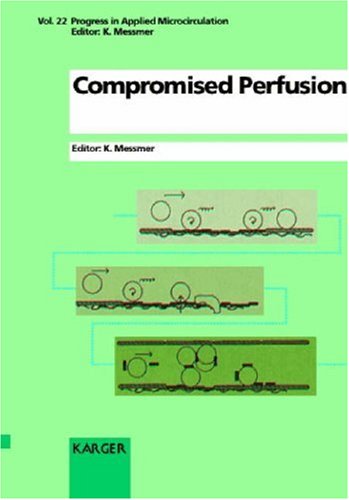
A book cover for Compromised Perfusion: 13th Bodensee Symposium on Microcirculation, Lindau, June 1995 (Progress in Applied Microcirculation, Vol. 22); Health, Fitness & Dieting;